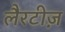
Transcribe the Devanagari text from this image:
लैरटीज़